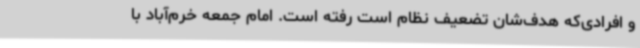
و افرادی‌که هدف‌شان تضعیف نظام است رفته است. امام جمعه خرم‌آباد با